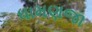
ધામણજા